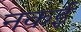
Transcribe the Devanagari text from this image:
नकई